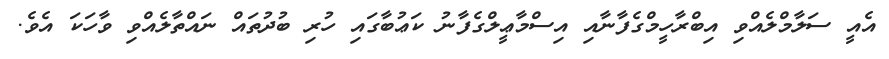
އެއީ ސަލާމްލެއްވި އިބްރާހީމްގެފާނާއި އިސްމާޢީލްގެފާނު ކަޢުބާގައި ހުރި ބުދުތައް ނައްތާލެއްވި ވާހަކަ އެވެ.